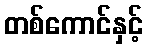
တစ်ကောင်နှင့်